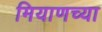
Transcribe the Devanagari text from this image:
मियाणच्या